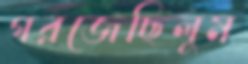
গরজেছিলুম